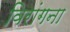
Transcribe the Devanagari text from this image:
विरांगना